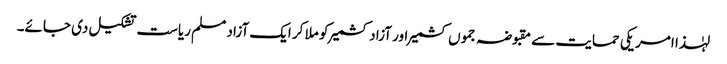
لہٰذا امریکی حمایت سے مقبوضہ جموں کشمیر اور آزاد کشمیر کو ملا کر ایک آزاد مسلم ریاست تشکیل دی جائے۔